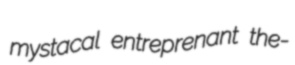
mystacal entreprenant the-